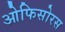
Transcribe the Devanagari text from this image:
ओफिसोरस